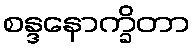
စန္ဒနောက္ခိတာ